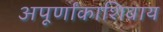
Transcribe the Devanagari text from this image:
अपूर्णांकाशिवाय